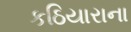
કઠિયારાના